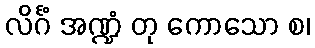
လိင်္ဂံ အဏ္ဍံ တု ကောသော စ၊